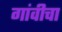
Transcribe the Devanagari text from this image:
गांवीचा